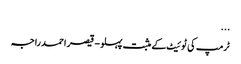
...
ٹرمپ کی ٹوئیٹ کے مثبت پہلو - قیصر احمد راجہ